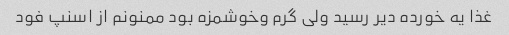
غذا یه خورده دیر رسید ولی گرم وخوشمزه بود ممنونم از اسنپ فود